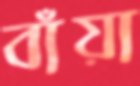
বাঁয়া